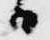
日